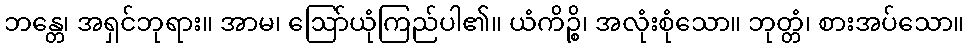
ဘန္တေ၊ အရှင်ဘုရား။ အာမ၊ ဩော်ယုံကြည်ပါ၏။ ယံကိဉ္စိ၊ အလုံးစုံသော။ ဘုတ္တံ၊ စားအပ်သော။